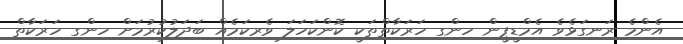
އެންމެ ރަނގަޅެވެ އެމްޑީޕީން ހިންގި ހަރަކާތްތަކީ ކޮންކަހަލަ ވެރިކަމެއް ބަދަލުކުރުމަށް ހިންގި ހަރަކާތް